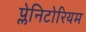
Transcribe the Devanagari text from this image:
प्लेनिटोरियम